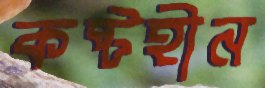
কষ্টহীন